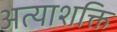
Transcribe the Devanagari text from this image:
अत्याशक्ति